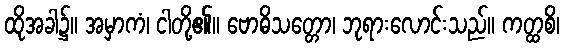
ထိုအခါ၌။ အမှာကံ၊ ငါတို့၏။ ဗောဓိသတ္တော၊ ဘုရားလောင်းသည်။ ကတ္ထစိ၊